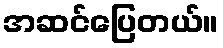
အဆင်ပြေတယ်။